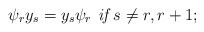
\begin{align*}\psi_r y_s=y_s \psi_r \textit{ if }s\neq r,r+1;\end{align*}